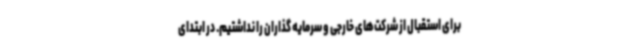
برای استقبال از شرکت‌های خارجی و سرمایه گذاران را نداشتیم. در ابتدای